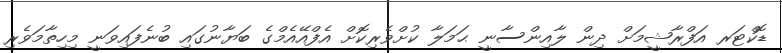
ޑޮކްޓަރ އަފްރާޝީމަށް ދިން ލާއިންސާނީ ޙަމަލާ ކުށްވެރިކޮށް އެފްއޭއެމްގެ ބަޔާނުގައި ބުނެފައިވަނީ މިހިތާމަވެރި